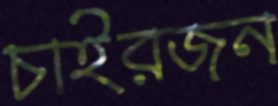
চাইরজন